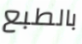
بالطبع